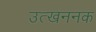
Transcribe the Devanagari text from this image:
उत्खननक